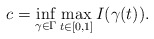
\begin{align*}c=\displaystyle \inf_{\gamma \in \Gamma } \displaystyle \max_{t\in[0, 1]}I(\gamma(t)).\end{align*}